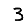
Digit: 3